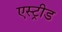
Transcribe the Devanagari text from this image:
एस्ट्रीड